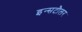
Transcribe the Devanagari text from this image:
इन्सटौलर